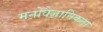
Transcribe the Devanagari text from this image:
मनोवैज्ञानिकता